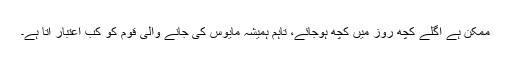
ممکن ہے اگلے کچھ روز میں کچھ ہوجائے، تاہم ہمیشہ مایوس کی جانے والی قوم کو کب اعتبار آتا ہے۔